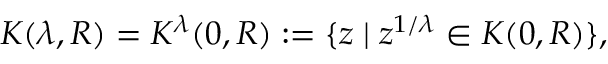
K ( \lambda , R ) = K ^ { \lambda } ( 0 , R ) : = \{ z \mid z ^ { 1 / \lambda } \in K ( 0 , R ) \} ,